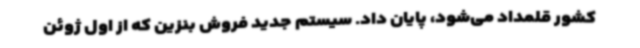
کشور قلمداد می‌شود، پایان داد. سیستم جدید فروش بنزین که از اول ژوئن